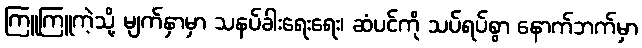
ကြူကြူကဲ့သို့ မျက်နှာမှာ သနပ်ခါးရေးရေး၊ ဆံပင်ကို သပ်ရပ်စွာ နောက်ဘက်မှာ